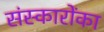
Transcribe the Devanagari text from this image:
संस्कारोंका